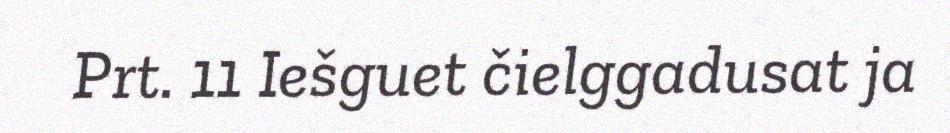
Prt. 11 Iešguet čielggadusat ja